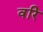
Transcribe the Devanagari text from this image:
वरि